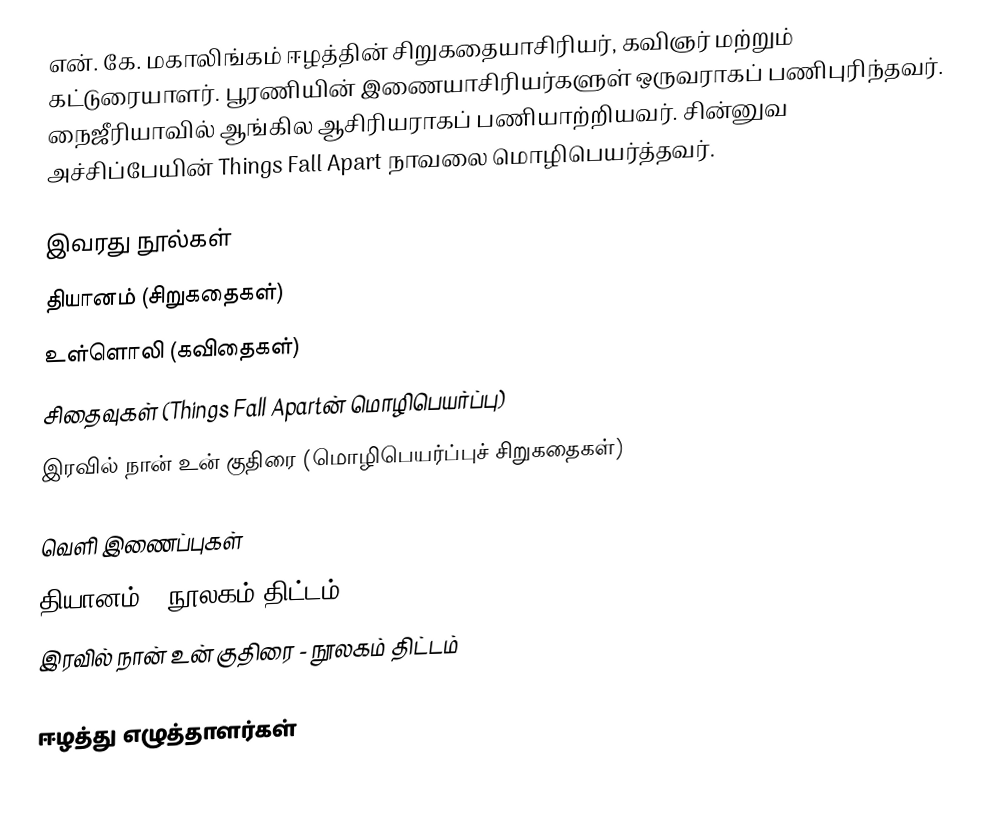
என். கே. மகாலிங்கம் ஈழத்தின் சிறுகதையாசிரியர், கவிஞர் மற்றும் கட்டுரையாளர். பூரணியின் இணையாசிரியர்களுள் ஒருவராகப் பணிபுரிந்தவர். நைஜீரியாவில் ஆங்கில ஆசிரியராகப் பணியாற்றியவர். சின்னுவ அச்சிப்பேயின் Things Fall Apart நாவலை மொழிபெயர்த்தவர்.

இவரது நூல்கள்
 தியானம் (சிறுகதைகள்)
 உள்ளொலி (கவிதைகள்)
 சிதைவுகள் (Things Fall Apartன் மொழிபெயர்ப்பு)
 இரவில் நான் உன் குதிரை (மொழிபெயர்ப்புச் சிறுகதைகள்)

வெளி இணைப்புகள்
 தியானம் - நூலகம் திட்டம்
 இரவில் நான் உன் குதிரை - நூலகம் திட்டம்

ஈழத்து எழுத்தாளர்கள்